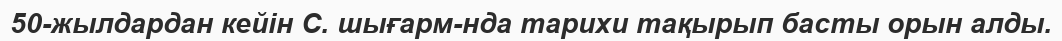
50-жылдардан кейін С. шығарм-нда тарихи тақырып басты орын алды.